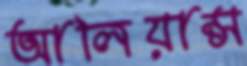
আলিয়ান্স